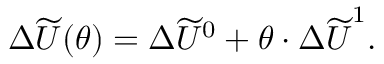
\begin{array} { r } { \Delta \widetilde U ( \boldsymbol { \theta } ) = \Delta \widetilde U ^ { 0 } + \boldsymbol { \theta } \cdot \Delta \boldsymbol { \widetilde { U } } ^ { 1 } . } \end{array}